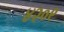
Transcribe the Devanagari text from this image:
४२०९